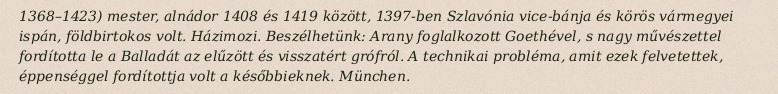
1368–1423) mester, alnádor 1408 és 1419 között, 1397-ben Szlavónia vice-bánja és körös vármegyei ispán, földbirtokos volt. Házimozi. Beszélhetünk: Arany foglalkozott Goethével, s nagy művészettel fordította le a Balladát az elűzött és visszatért grófról. A technikai probléma, amit ezek felvetettek, éppenséggel fordítottja volt a későbbieknek. München.